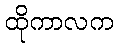
ထိုကာလက